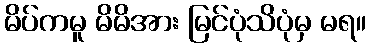
မိပ်ကမူ မိမိအား မြင်ပုံသိပုံမှ မရ။